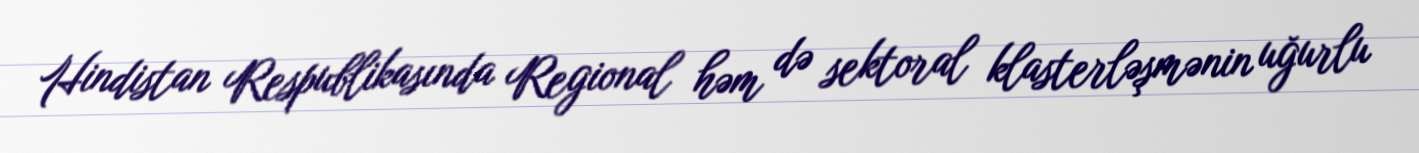
Hindistan Respublikasında Regional həm də sektoral klasterləşmənin uğurlu